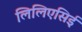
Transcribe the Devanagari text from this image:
लिलिएसिई